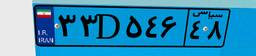
۴۹D۳۶۸۵۵